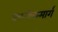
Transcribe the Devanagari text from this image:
वल्मीकमार्ग